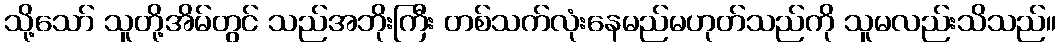
သို့သော် သူတို့အိမ်တွင် သည်အဘိုးကြီး တစ်သက်လုံးနေမည်မဟုတ်သည်ကို သူမလည်းသိသည်။